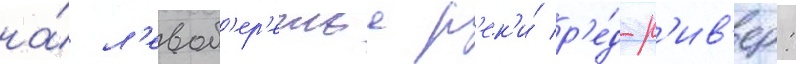
на́ л'евоб'ер'ежье р'ек'и́ р'е́д-р'ив'ер: